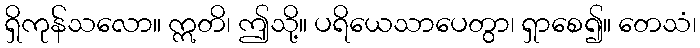
ရှိကုန်သလော။ ဣတိ၊ ဤသို့။ ပရိယေသာပေတွာ၊ ရှာစေ၍။ တေသံ၊